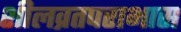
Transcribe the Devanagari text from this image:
शीलव्रतपराभास